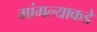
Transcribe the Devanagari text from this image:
मांगल्याकडे